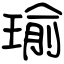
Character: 瑜